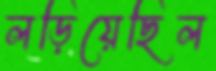
লড়িয়েছিল